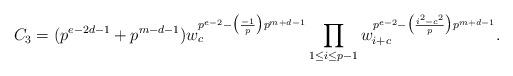
LaTeX: \begin{align*}C_{3}=(p^{e-2d-1}+p^{m-d-1})w_{c}^{p^{e-2}-\bigl(\frac{-1}{p}\bigr)p^{m+d-1}}\prod_{\substack{1\leq i\leq p-1}}w_{i+c}^{p^{e-2}-\bigl(\frac{i^{2}-c^{2}}{p}\bigr)p^{m+d-1}}.\end{align*}